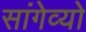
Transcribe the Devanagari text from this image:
सांगेव्यो